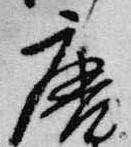
唐